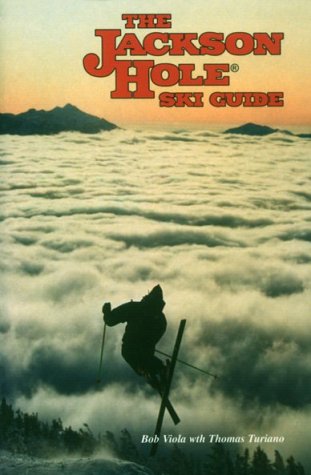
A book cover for Jackson Hole Ski Guide; Bob Viola; Travel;